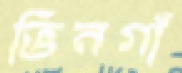
ভিনগাঁ